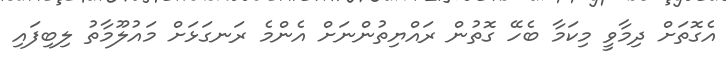
އެގޮތަށް ދިމާވީ މިކަމާ ބެހޭ ގޮތުން ރައްޔިތުންނަށް އެންމެ ރަނގަޅަށް މައުލޫމާތު ލިބިފައި